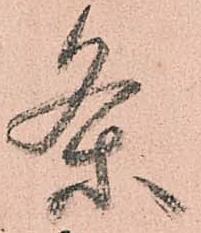
条